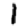
Digit: 1